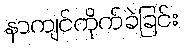
နာကျင်ကိုက်ခဲခြင်း